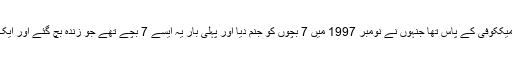
مگر ان سے پہلے یہ ریکارڈ امریکا کی ہی بوبی میککوفی کے پاس تھا جنہوں نے نومبر 1997 میں 7 بچوں کو جنم دیا اور پہلی بار یہ ایسے 7 بچے تھے جو زندہ بچ گئے اور ایک ساتھ پرورش پاکر اب 21 سال کے ہوچکے ہیں۔